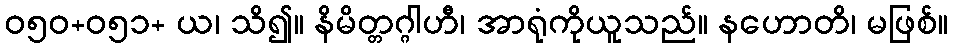
ဝ၅၀+၀၅၁+ ယ၊ သိ၍။ နိမိတ္တဂ္ဂါဟီ၊ အာရုံကိုယူသည်။ နဟောတိ၊ မဖြစ်။